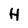
Character: H